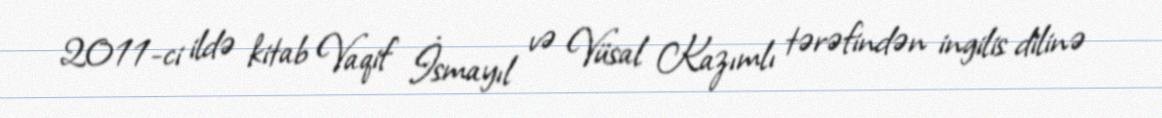
2011-ci ildə kitab Vaqif İsmayıl və Vüsal Kazımlı tərəfindən ingilis dilinə